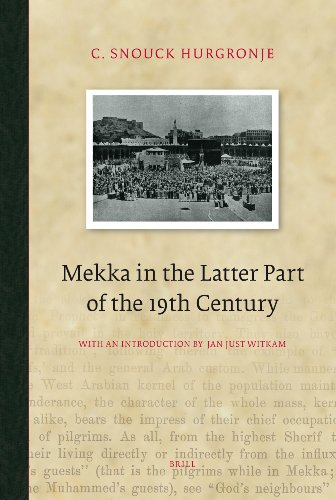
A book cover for Mekka in the Latter Part of the 19th Century: Daily Life, Customs and Learning. The Moslims of the East-Indian Archipelago (Brill Classics in Islam); C. Snouck Hurgronje; Religion & Spirituality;